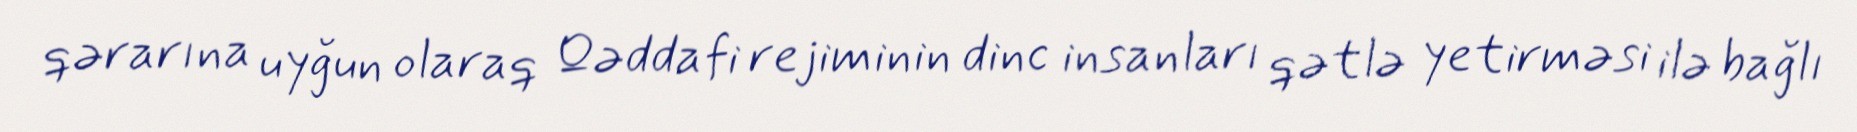
qərarına uyğun olaraq Qəddafi rejiminin dinc insanları qətlə yetirməsi ilə bağlı